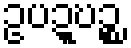
ဥပဍ္ဎဉ္စ